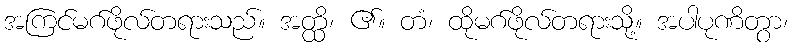
အကြင်မဂ်ဖိုလ်တရားသည်။ အတ္ထိ၊ ၏။ တံ၊ ထိုမဂ်ဖိုလ်တရားသို့။ အပါပုဏိတွာ၊